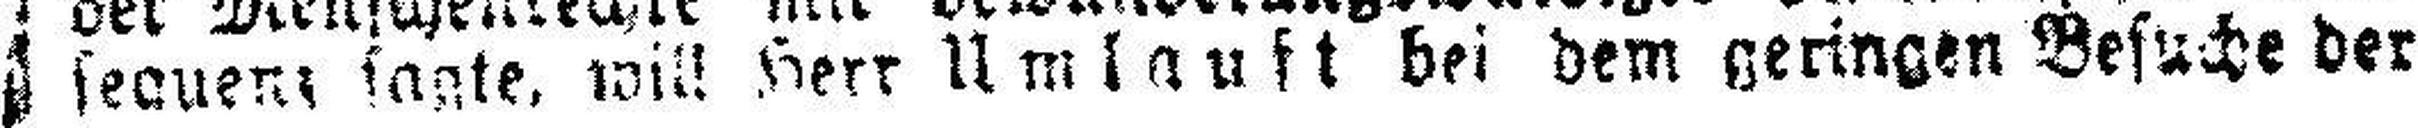
secuem sagte, will Herr Umlauft bei dem geringen Besuche der